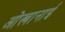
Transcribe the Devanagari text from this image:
ओस्त्रानाई